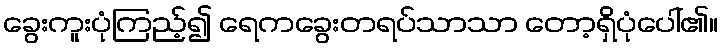
ခွေးကူးပုံကြည့်၍ ရေကခွေးတရပ်သာသာ တော့ရှိပုံပေါ်၏။